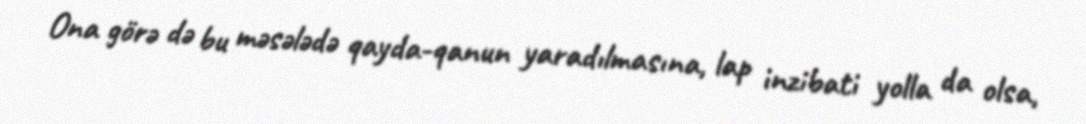
Ona görə də bu məsələdə qayda-qanun yaradılmasına, lap inzibati yolla da olsa,